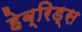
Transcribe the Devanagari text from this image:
हेब्रिड्स